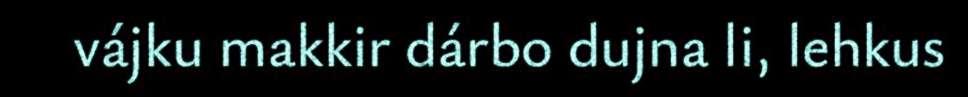
vájku makkir dárbo dujna li, lehkus